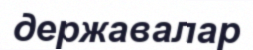
державалар